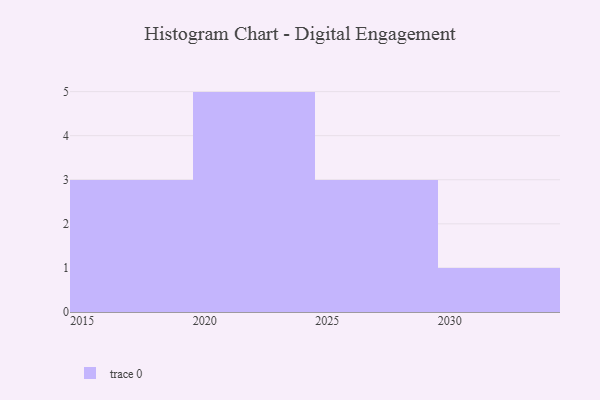
{"axis": {"x": "Year", "y": "Humidity (%)"}, "legend": [""], "data": [{"x": "2028", "y": 59, "type": ""}, {"x": "2023", "y": 70, "type": ""}, {"x": "2017", "y": 38, "type": ""}, {"x": "2020", "y": 70, "type": ""}, {"x": "2026", "y": 39, "type": ""}, {"x": "2024", "y": 20, "type": ""}, {"x": "2016", "y": 48, "type": ""}, {"x": "2022", "y": 85, "type": ""}, {"x": "2015", "y": 39, "type": ""}, {"x": "2021", "y": 97, "type": ""}, {"x": "2029", "y": 34, "type": ""}, {"x": "2030", "y": 46, "type": ""}]}